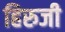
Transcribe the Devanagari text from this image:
हिरुजी